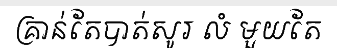
គ្រាន់តែបាត់សូរ លំ មួយតែ